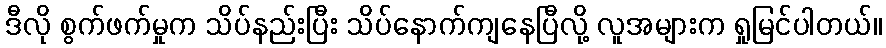
ဒီလို စွက်ဖက်မှုက သိပ်နည်းပြီး သိပ်နောက်ကျနေပြီလို့ လူအများက ရှုမြင်ပါတယ်။